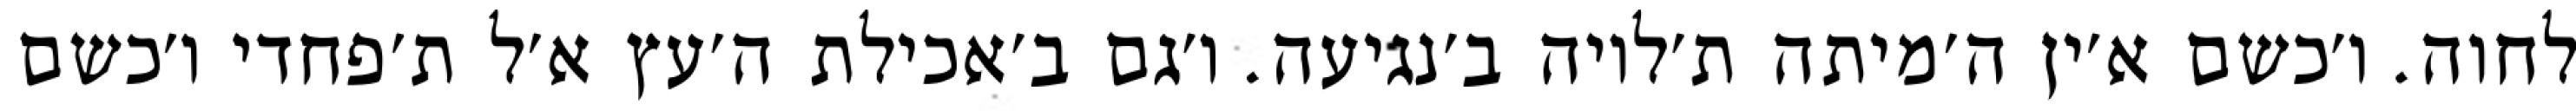
לחוה. ו׳כשם א׳ין ה׳מיתה ת׳לויה ב׳נגיעה. ו׳גם ב׳אכילת ה׳עץ א׳ל ת׳פחדי ו׳כשם